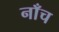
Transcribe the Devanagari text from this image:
नाँच